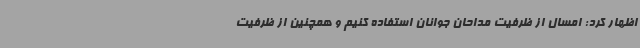
اظهار کرد: امسال از ظرفیت مداحان جوانان استفاده کنیم و همچنین از ظرفیت